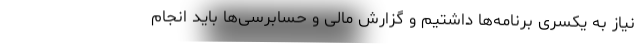
نیاز به یکسری برنامه‌ها داشتیم و گزارش مالی و حسابرسی‌ها باید انجام